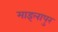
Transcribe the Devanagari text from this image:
माइलापुर